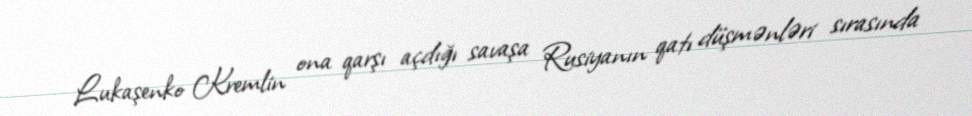
Lukaşenko Kremlin ona qarşı açdığı savaşa Rusiyanın qatı düşmənləri sırasında